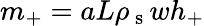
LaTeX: m_{+}=aL\rho_{\mathrm{~s~}}wh_{+}